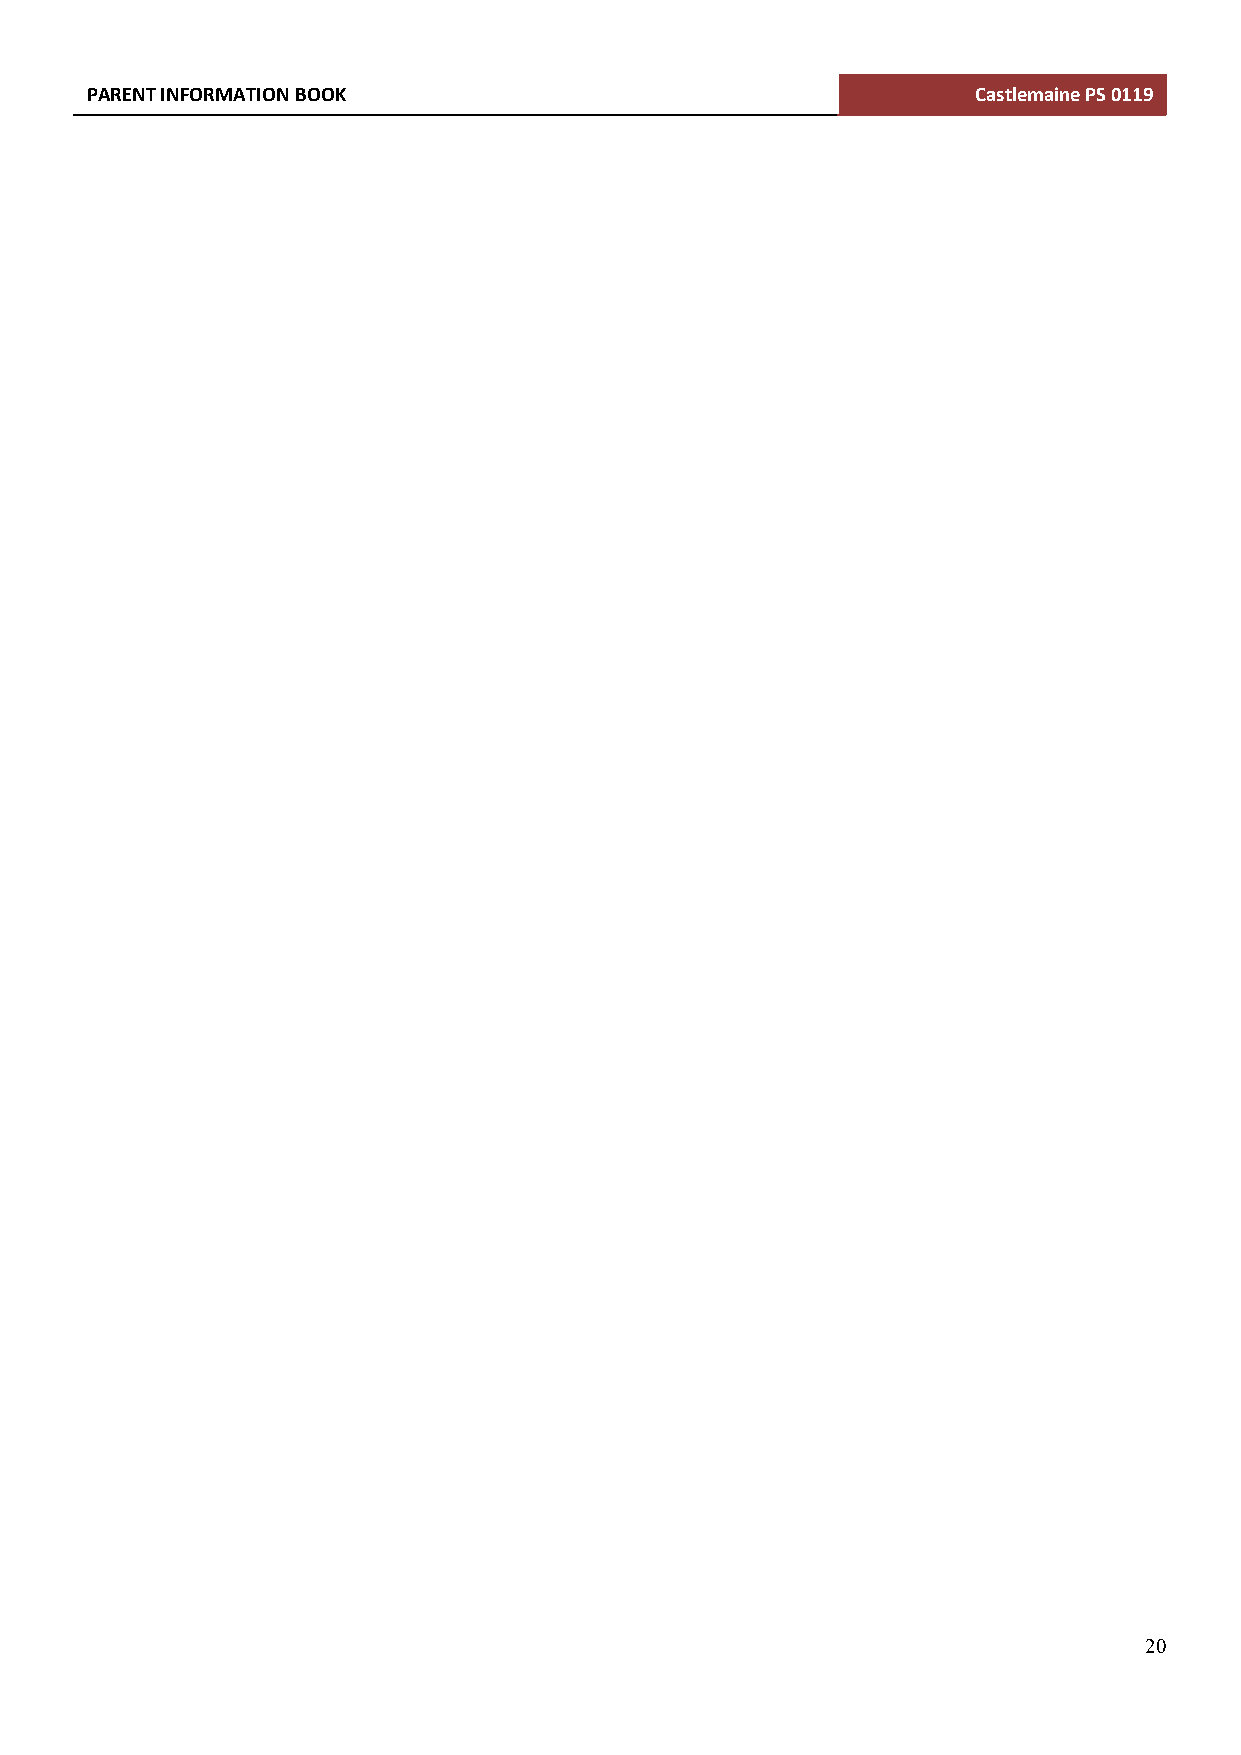
PARENT INFORMATION BOOK                                    Castlemaine PS 0119
 20